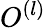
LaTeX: O^{(l)}